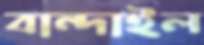
বান্দাইল